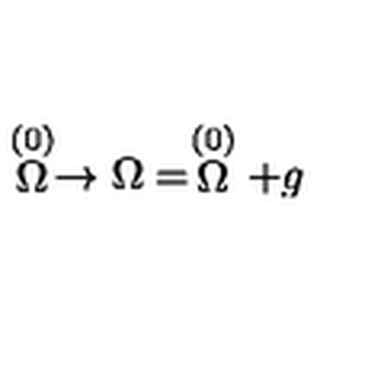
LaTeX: \stackrel { ( 0 ) } { \Omega } \rightarrow \Omega = \stackrel { ( 0 ) } { \Omega } + g